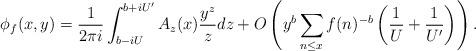
LaTeX: \begin{align*}\phi_{f}(x, y)=\frac{1}{2\pi i}\int_{b-iU}^{b+iU^{\prime}} A_z(x) \frac{y^z}{z} dz+O\left (y^{b} \sum_{n \leq x} f(n)^{-b} \left(\frac{1}{U}+\frac{1}{U^{\prime}} \right)\right).\end{align*}